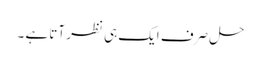
حل صرف ایک ہی نظر آتا ہے ۔